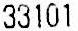
33101